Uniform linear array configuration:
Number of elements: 64
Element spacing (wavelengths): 0.5
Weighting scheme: kaiser
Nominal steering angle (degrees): -60
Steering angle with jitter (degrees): -58.301
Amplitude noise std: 0.05
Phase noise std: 0.05

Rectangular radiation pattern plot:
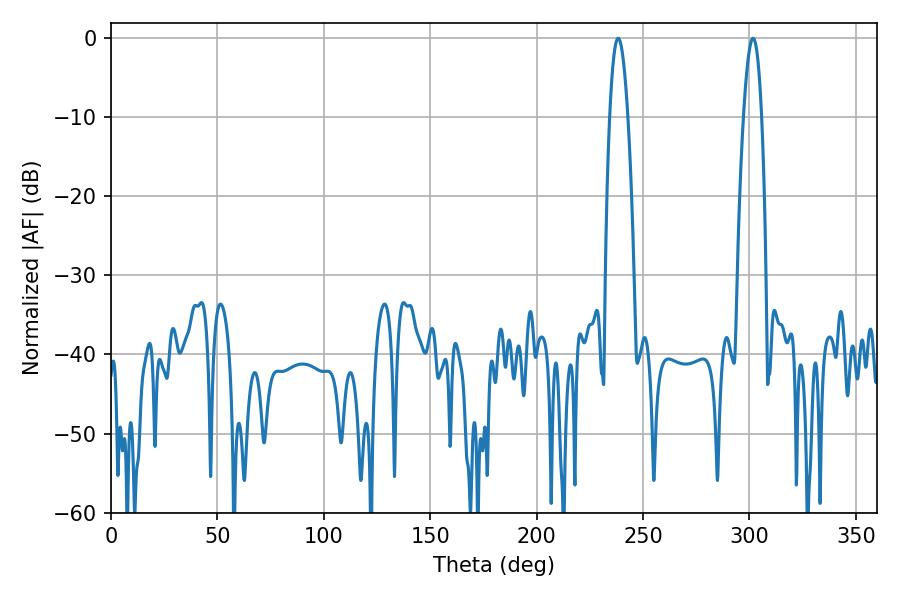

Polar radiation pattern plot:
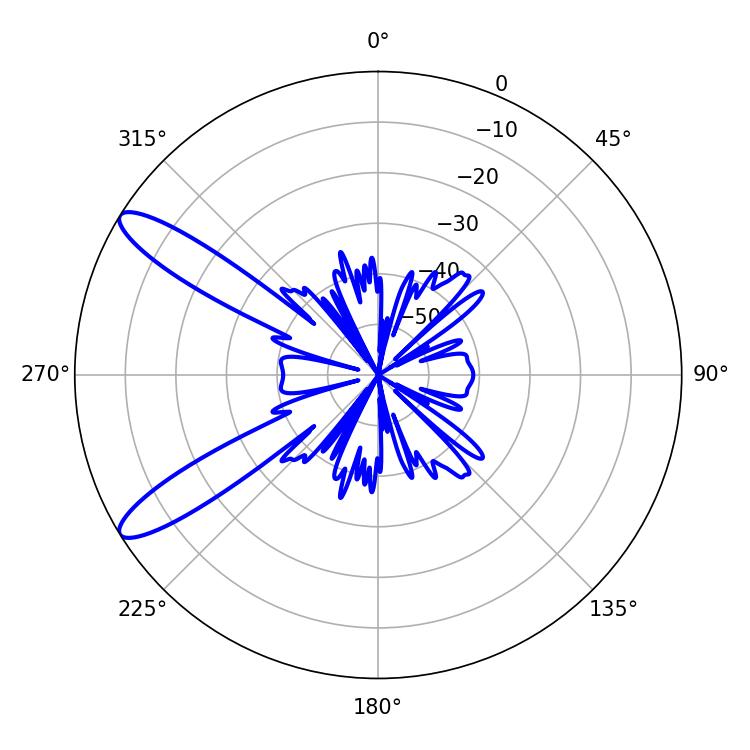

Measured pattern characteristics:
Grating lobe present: FALSE
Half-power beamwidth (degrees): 4.68
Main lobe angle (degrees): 238.32